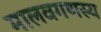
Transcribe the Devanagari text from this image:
मालवगणस्य